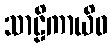
သာဠိကာယိဝ